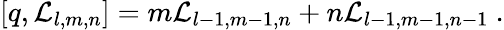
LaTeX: [q,{\cal L}_{l,m,n}]=m{\cal L}_{l-1,m-1,n}+n{\cal L}_{l-1,m-1,n-1}\ .